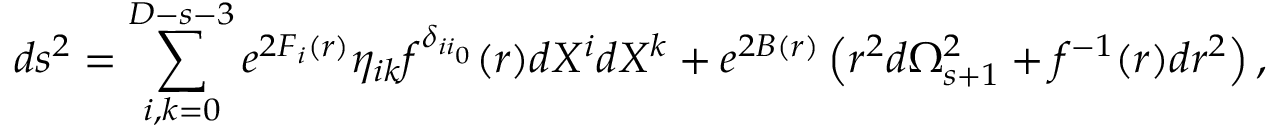
d s ^ { 2 } = \sum _ { i , k = 0 } ^ { D - s - 3 } e ^ { 2 F _ { i } ( r ) } \eta _ { i k } f ^ { \delta _ { i i _ { 0 } } } ( r ) d X ^ { i } d X ^ { k } + e ^ { 2 B ( r ) } \left( r ^ { 2 } d \Omega _ { s + 1 } ^ { 2 } + f ^ { - 1 } ( r ) d r ^ { 2 } \right) ,